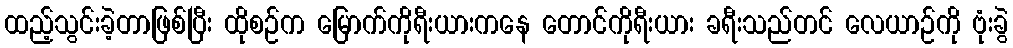
ထည့်သွင်းခဲ့တာဖြစ်ပြီး ထိုစဉ်က မြောက်ကိုရီးယားကနေ တောင်ကိုရီးယား ခရီးသည်တင် လေယာဉ်ကို ဗုံးခွဲ